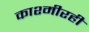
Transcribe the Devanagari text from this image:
काश्मीरही